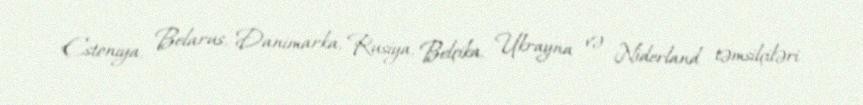
Estoniya, Belarus, Danimarka, Rusiya, Belçika, Ukrayna və Niderland təmsilçiləri